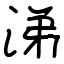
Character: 涕